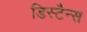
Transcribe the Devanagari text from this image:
डिस्टैन्स